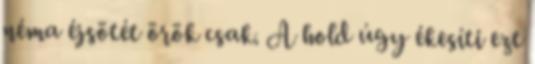
néma éjsötét örök csak. A hold úgy ékesíti ezt